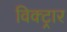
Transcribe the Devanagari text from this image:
विक्ट्रार